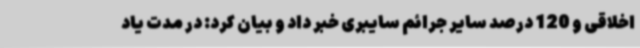
اخلاقی و 120 درصد سایر جرائم سایبری خبر داد و بیان کرد: در مدت یاد